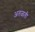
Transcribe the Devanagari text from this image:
अतळती